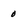
Character: 0